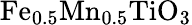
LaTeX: \mathrm{Fe_{0.5}Mn_{0.5}TiO_{3}}